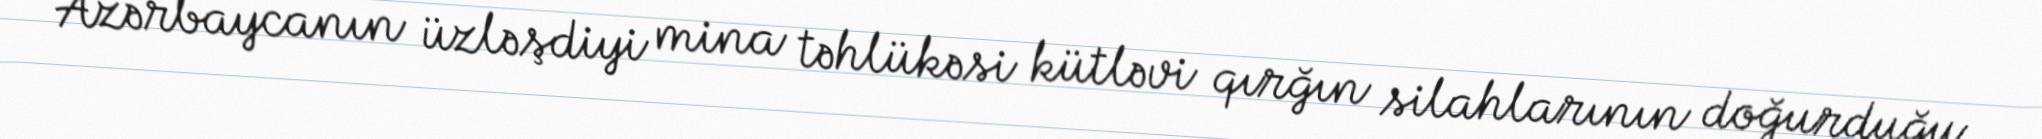
Azərbaycanın üzləşdiyi mina təhlükəsi kütləvi qırğın silahlarının doğurduğu